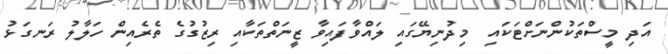
އަދި މީސްތަކުންނަށްޓަކައި  މިދުނިޔޭގައި ލައްވާފައިވާ ޒީނަތްތަކާއި ރިޒުގުގެ ތެރެއިން ހަލާލު ރަނގަޅު